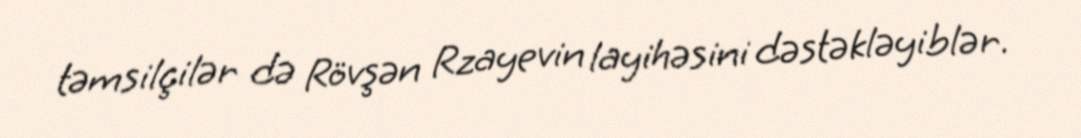
təmsilçilər də Rövşən Rzayevin layihəsini dəstəkləyiblər.